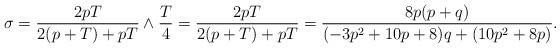
LaTeX: \begin{align*} \sigma=\frac{2pT}{2(p+T)+pT}\wedge\frac{T}{4}=\frac{2pT}{2(p+T)+pT} =\frac{8p(p+q)}{(-3p^2+10p+8)q+(10p^2+8p)}. \end{align*}